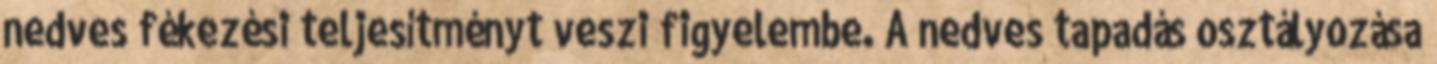
nedves fékezési teljesítményt veszi figyelembe. A nedves tapadás osztályozása